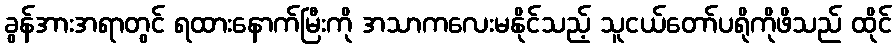
ခွန်အားအရာတွင် ရထားနောက်မြီးကို အသာကလေးမနိုင်သည့် သူငယ်တော်ပရိုကိုဖိသည် ထိုင်